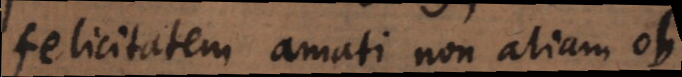
felicitatem amati non aliam ob